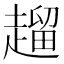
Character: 𧽖